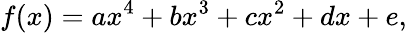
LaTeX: f(x)=ax^{4}+bx^{3}+cx^{2}+dx+e,